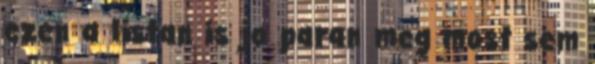
ezen a listan is jo paran meg most sem